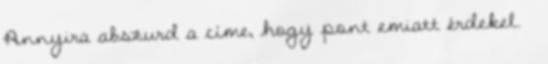
Annyira abszurd a címe, hogy pont emiatt érdekel. 😊